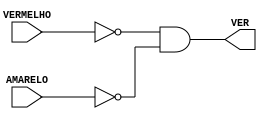
module VERDE (

	input VERMELHO, AMARELO,
	output VER

);

	assign VER = ~VERMELHO & ~AMARELO;
	
endmodule